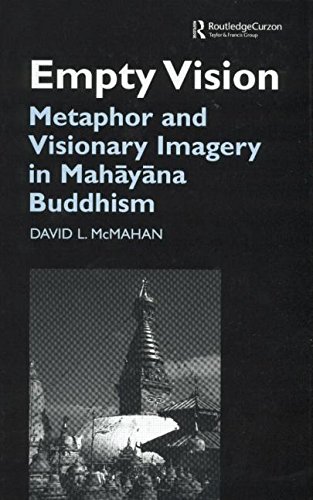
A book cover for Empty Vision: Metaphor and Visionary Imagery in Mahayana Buddhism; David McMahan; Religion & Spirituality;